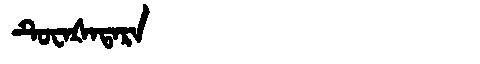
Manchu: ᡨᡠᠸᠠᡧᠠᡨᠠᡵᠠ
Romanization: TUWAŠATARA